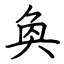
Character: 奐